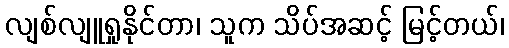
လျစ်လျူရှုနိုင်တာ၊ သူက သိပ်အဆင့် မြင့်တယ်၊